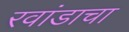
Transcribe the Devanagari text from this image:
रवांडाचा